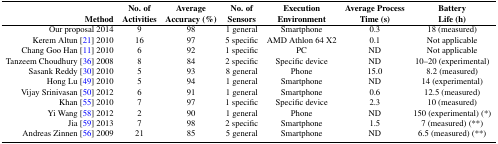
| Method | No. of Activities | Average Accuracy (%) | No. of Sensors | Execution Environment | Average Process Time (s) | Battery Life (h) |
 | --- | --- | --- | --- | --- | --- | --- |
 | Our proposal 2014 | 9 | 98 | 1 general | Smartphone | 0.3 | 18 (measured) |
 | Kerem Altun [21] 2010 | 16 | 97 | 5 specific | AMD Athlon 64 X2 | 0.1 | Not applicable |
 | Chang Goo Han [11] 2010 | 6 | 92 | 1 specific | PC | ND | Not applicable |
 | Tanzeem Choudhury [36] 2008 | 8 | 84 | 2 specific | Specific device | ND | 10–20 (experimental) |
 | Sasank Reddy [30] 2010 | 5 | 93 | 8 general | Phone | 15.0 | 8.2 (measured) |
 | Hong Lu [49] 2010 | 5 | 94 | 1 general | Smartphone | ND | 14 (experimental) |
 | Vijay Srinivasan [50] 2012 | 6 | 91 | 1 general | Smartphone | 0.6 | 12.5 (measured) |
 | Khan [55] 2010 | 7 | 97 | 1 specific | Specific device | 2.3 | 10 (measured) |
 | Yi Wang [58] 2012 | 2 | 90 | 1 general | Phone | ND | 150 (experimental) (*) |
 | Jia [59] 2013 | 7 | 98 | 2 specific | Smartphone | 1.5 | 7 (measured) (**) |
 | Andreas Zinnen [56] 2009 | 21 | 85 | 5 general | Smartphone | ND | 6.5 (measured) (**) |